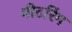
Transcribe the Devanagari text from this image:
मीटरिंग